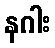
နဂါး